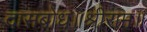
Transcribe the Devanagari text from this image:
दासबोध॥श्रीराम॥